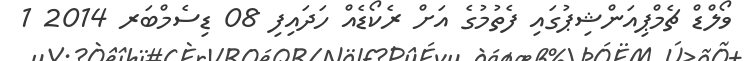
ވޯލްޑް ޗެމްޕިއަންޝިޕުގައި ފެތުމުގެ އަށް ރެކޯޑެއް ހަދައިފި 08 ޑިސެމްބަރ 2014 1